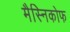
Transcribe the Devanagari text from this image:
मैस्निकोफ